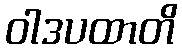
ဝါဒပထာတိ